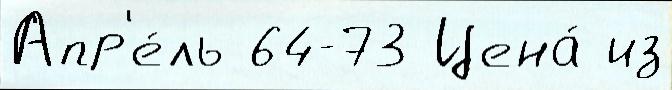
Апр'е́ль 64-73 Цена́ из